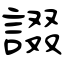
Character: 諁